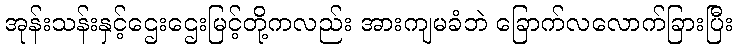
အုန်းသန်းနှင့်ဌေးဌေးမြင့်တို့ကလည်း အားကျမခံဘဲ ခြောက်လလောက်ခြားပြီး